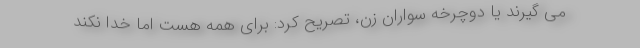
می گیرند یا دوچرخه سواران زن، تصریح کرد: برای همه هست اما خدا نکند